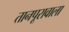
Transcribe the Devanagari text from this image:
तानपूरावाला